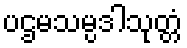
ပဌမသမ္ပဒါသုတ္တံ